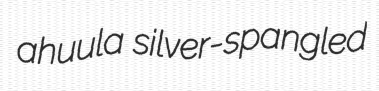
ahuula silver-spangled